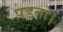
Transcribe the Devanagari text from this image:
पडतां।